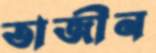
তাজীন